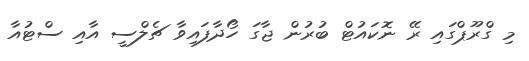
މި ގްރޫޕްގައި ރޭ ނޮކައުޓް ބުރުން ޖާގަ ހޯދާފައިވާ ޗެލްސީ އާއި ސްޓުއާ